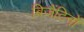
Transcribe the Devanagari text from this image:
बिजैंटिनों